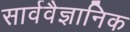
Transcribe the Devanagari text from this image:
सार्ववैज्ञानिक